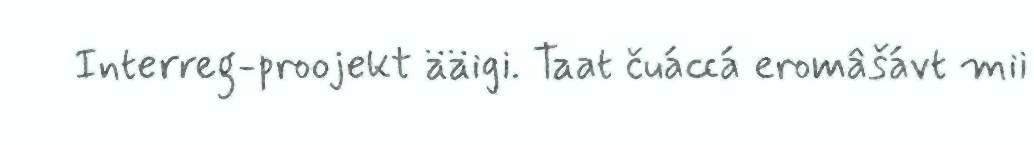
Interreg-proojekt ääigi. Taat čuáccá eromâšávt mii